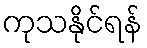
ကုသနိုင်ရန်